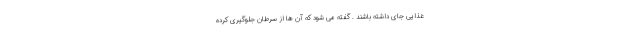
غذایی جای داشته باشند . گفته می شود که آن ها از سرطان جلوگیری کرده